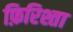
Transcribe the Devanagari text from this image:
फ़िरिश्ता